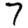
Digit: 7